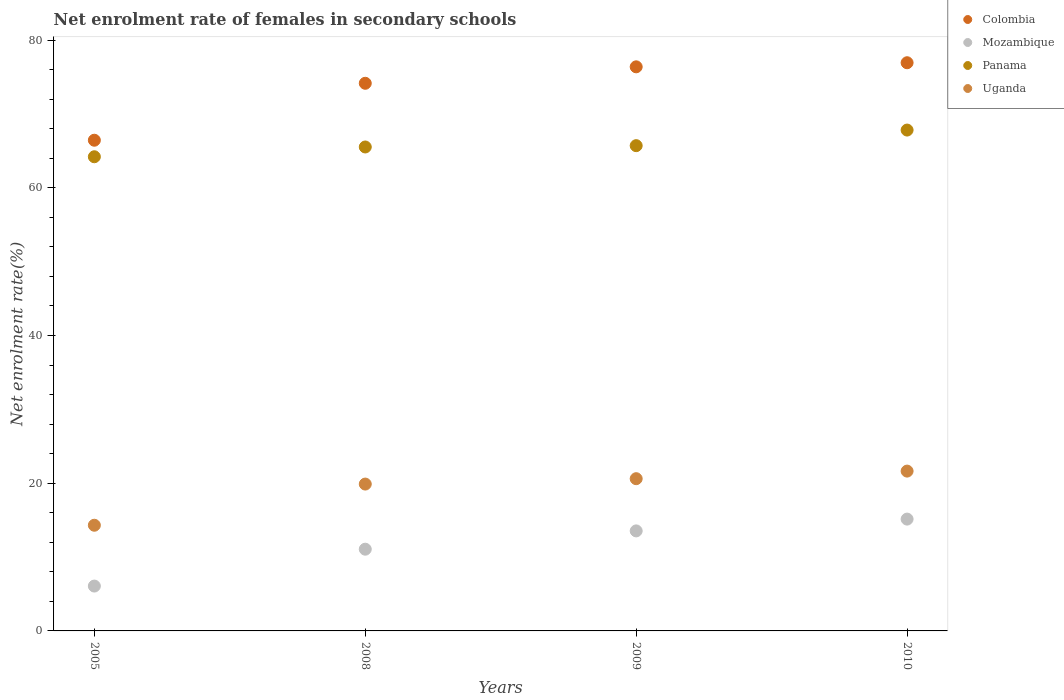
| Years | Colombia | Mozambique | Panama | Uganda |
 | --- | --- | --- | --- | --- |
 | 2005 | 66.4 | 6.07 | 64.2 | 14.3 |
 | 2008 | 74.1 | 11.1 | 65.5 | 19.9 |
 | 2009 | 76.4 | 13.5 | 65.7 | 20.6 |
 | 2010 | 76.9 | 15.1 | 67.8 | 21.6 |